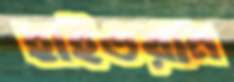
হাইওয়ান